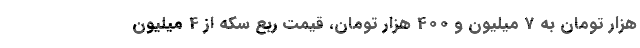
هزار تومان به 7 میلیون و 400 هزار تومان، قیمت ربع سکه از 4 میلیون